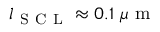
l _ { \mathrm { ~ S ~ C ~ L ~ } } \approx 0 . 1 \ \mu \mathrm { ~ m ~ }